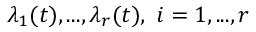
\lambda _ { 1 } ( t ) , . . . , \lambda _ { r } ( t ) , ~ i = 1 , . . . , r